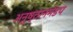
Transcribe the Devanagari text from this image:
अनुष्ठानमंडप